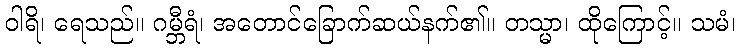
ဝါရိ၊ ရေသည်။ ဂမ္ဘီရံ၊ အတောင်ခြောက်ဆယ်နက်၏။ တသ္မာ၊ ထိုကြောင့်။ သမံ၊